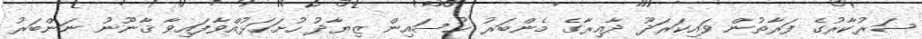
ސަރުކާރުގެ ފަރާތުން ވައިކަރަދޫ ދާއިރާގެ މެންބަރު ޙުސައިން ޒިޔާދު ހުށަހަޅުއްވާފައިވާ ޤާނޫނު ނަންބަރު